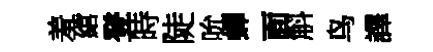
羞綰登時陡吮蟬靣斛鸟譯